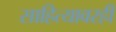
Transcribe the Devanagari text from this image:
साहित्यावरही